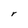
Character: r